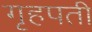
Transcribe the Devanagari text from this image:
गृहपती